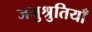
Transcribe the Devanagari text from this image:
जनुश्रुतियाँ